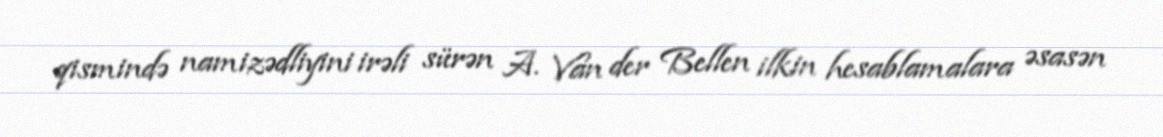
qismində namizədliyini irəli sürən A. Van der Bellen ilkin hesablamalara əsasən